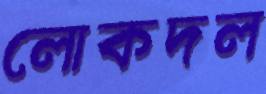
লোকদল